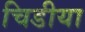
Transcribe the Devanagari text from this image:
चिडीया